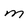
Character: M